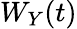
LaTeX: W_{Y}(t)